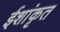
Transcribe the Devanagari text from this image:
ईशांकृत